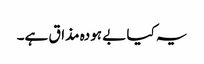
یہ کیا بے ہودہ مذاق ہے۔